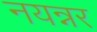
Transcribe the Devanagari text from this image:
नयन्नर